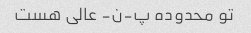
تو محدوده پ-ن- عالی هست